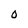
Character: O